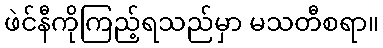
ဖဲင်နီကိုကြည့်ရသည်မှာ မသတီစရာ။